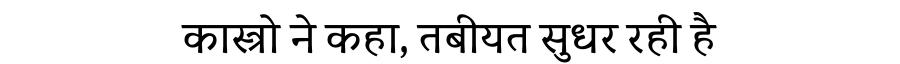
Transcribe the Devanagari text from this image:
कास्त्रो ने कहा, तबीयत सुधर रही है